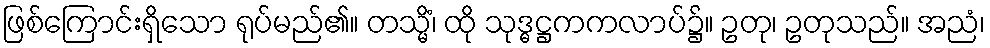
ဖြစ်ကြောင်းရှိသော ရုပ်မည်၏။ တသ္မိံ၊ ထို သုဒ္ဓဋ္ဌကကလာပ်၌။ ဥတု၊ ဥတုသည်။ အညံ၊